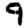
Digit: 9